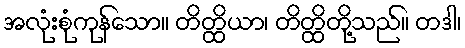
အလုံးစုံကုန်သော။ တိတ္ထိယာ၊ တိတ္ထိတို့သည်။ တဒါ၊